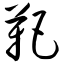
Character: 靶